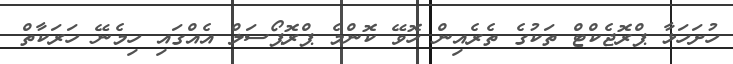
ހުށަހަޅާ ޕްރޮޖެކްޓް ތަކުގެ ތެރެއިން ހޮވޭ ކޮންމެ ޕްރޮޕޯސަލް އެއްގައި ހިމެނޭ ހަރަކާތް